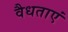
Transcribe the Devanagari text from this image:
वैधताएं